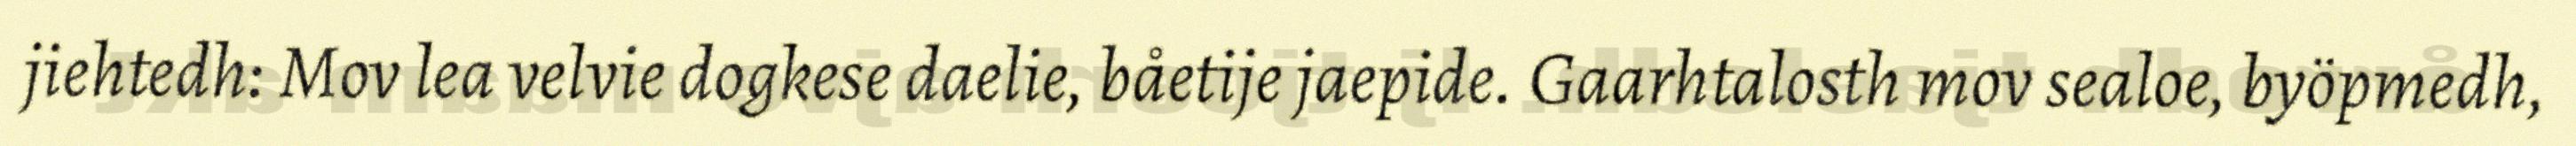
jiehtedh: Mov lea velvie dogkese daelie, båetije jaepide. Gaarhtalosth mov sealoe, byöpmedh,